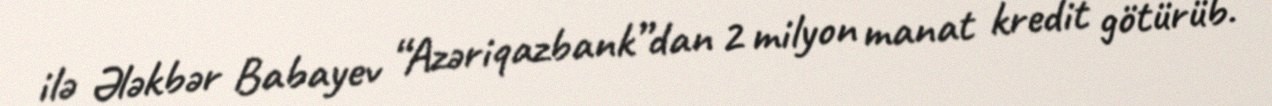
ilə Ələkbər Babayev “Azəriqazbank”dan 2 milyon manat kredit götürüb.